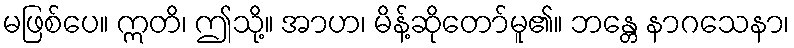
မဖြစ်ပေ။ ဣတိ၊ ဤသို့။ အာဟ၊ မိန့်ဆိုတော်မူ၏။ ဘန္တေ နာဂသေနာ၊